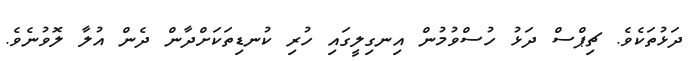
ދަޅުތަކެވެ. ޗިޕްސް ދަޅު ހުސްވުމުން އިނގިލީގައި ހުރި ކުނޑިތަކަށްދާން ދެން އުލާ ލޮވުނެވެ.